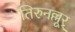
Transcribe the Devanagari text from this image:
तिरुनल्लूर्